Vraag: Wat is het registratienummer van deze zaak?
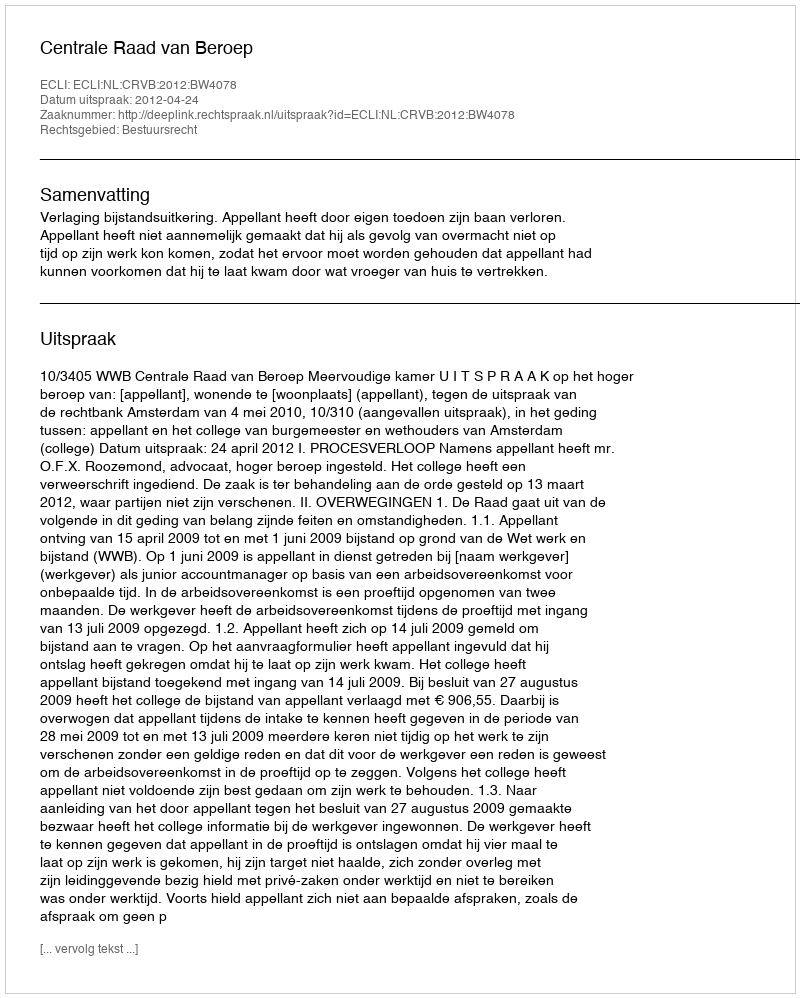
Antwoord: http://deeplink.rechtspraak.nl/uitspraak?id=ECLI:NL:CRVB:2012:BW4078